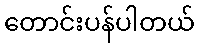
တောင်းပန်ပါတယ်